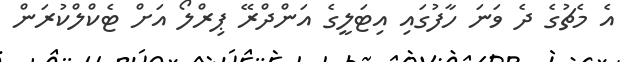
އެ މެޗުގެ ދެ ވަނަ ހާފުގައި އިޓަލީގެ އަންދްރޭ ޕިރްލޯ އަށް ޓެކްލްކުރަން